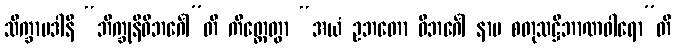
သိက္ခာပဒါနိ “ဘိက္ခုနီဝိဘင်္ဂေါ”တိ ကိတ္တေတွာ “အယံ ဥဘတော ဝိဘင်္ဂေါ နာမ စတုသဋ္ဌိဘာဏဝါရော”တိ